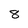
Character: 8